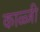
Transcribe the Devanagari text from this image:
काळ्जी